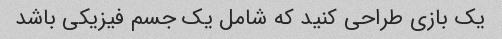
یک بازی طراحی کنید که شامل یک جسم فیزیکی باشد